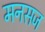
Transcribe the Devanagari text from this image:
मनसज